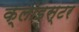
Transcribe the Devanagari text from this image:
क्लोइस्टर